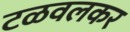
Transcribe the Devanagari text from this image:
टळवलकर